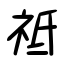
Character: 祗